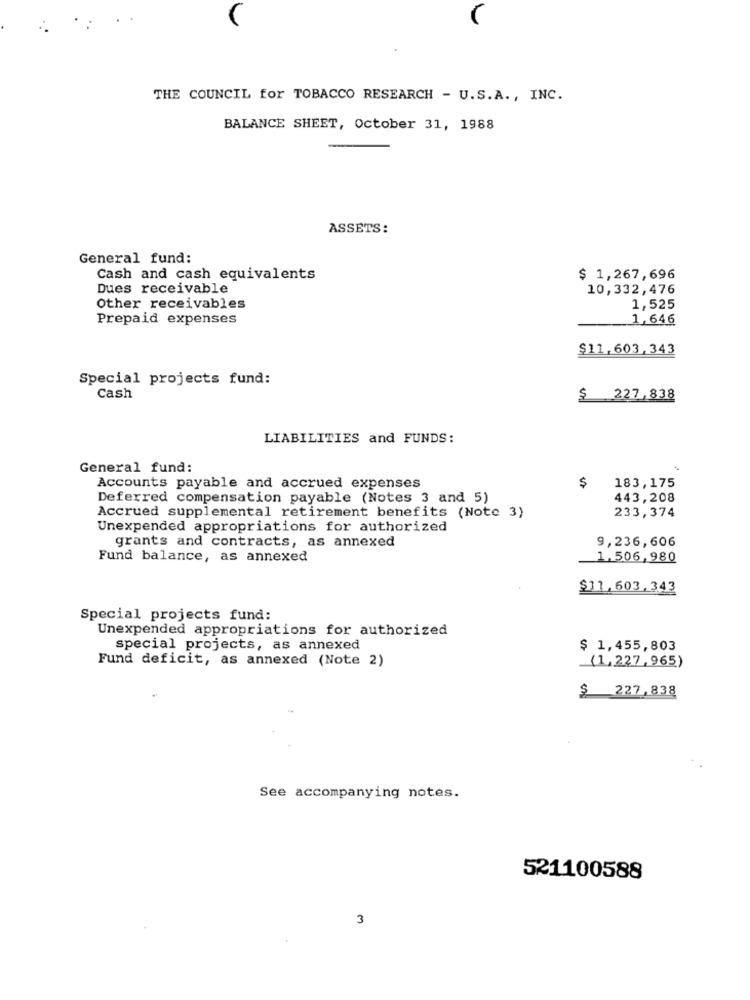
THE COUNCIL for TOBACCO RESEARCH - U.S.A ., INC.
BALANCE SHEET, October 31, 1988
ASSETS:
General fund:
Cash and cash equivalents
$ 1,267,696
Dues receivable
10,332,476
Other receivables
1,525
Prepaid expenses
1,646
$11,603,343
Special projects fund:
Cash
$ 227,838
LIABILITIES and FUNDS:
General fund:
$
Accounts payable and accrued expenses
183,175
Deferred compensation payable (Notes 3 and 5)
443,208
233,374
Accrued supplemental retirement benefits (Note 3)
Unexpended appropriations for authorized
9,236,606
grants and contracts, as annexed
Fund balance, as annexed
1.506,980
$11,603,343
Special projects fund:
Unexpended appropriations for authorized
special projects, as annexed
$ 1,455,803
Fund deficit, as annexed (Note 2)
(1,227,965)
$ 227,838
See accompanying notes.
521100588
3